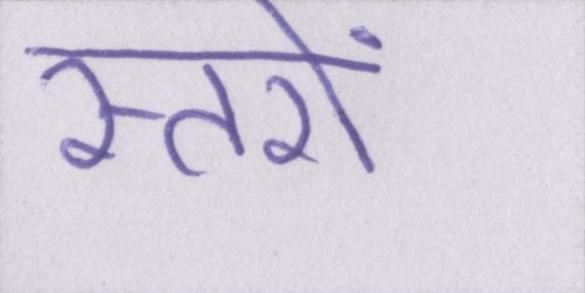
स्तरों